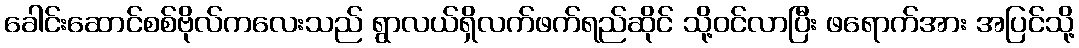
ခေါင်းဆောင်စစ်ဗိုလ်ကလေးသည် ရွာလယ်ရှိလက်ဖက်ရည်ဆိုင် သို့ဝင်လာပြီး ဖရောက်အား အပြင်သို့